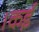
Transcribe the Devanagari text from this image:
।कई